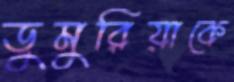
ডুমুরিয়াকে